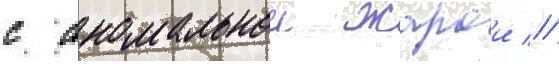
с аномальнои жарои //